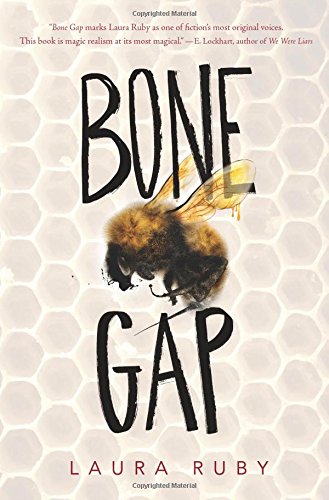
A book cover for Bone Gap; Laura Ruby; Teen & Young Adult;